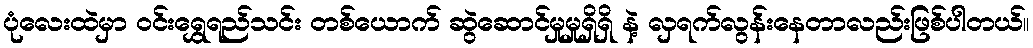
ပုံလေးထဲမှာ ဝင်းရွှေရည်သင်း တစ်ယောက် ဆွဲဆောင်မှုမှုရှိရှိ နဲ့ လှရက်လွန်းနေတာလည်းဖြစ်ပါတယ်။